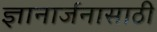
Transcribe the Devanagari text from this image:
ज्ञानार्जनासाठी